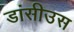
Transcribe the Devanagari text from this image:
डांसीउस